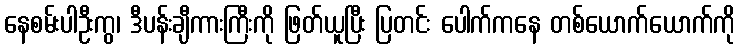
နေစမ်းပါဦးကွ၊ ဒီပန်းချီကားကြီးကို ဖြတ်ယူပြီး ပြတင်း ပေါက်ကနေ တစ်ယောက်ယောက်ကို